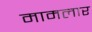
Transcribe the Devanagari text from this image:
मामलार